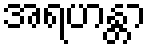
အရဟန္တာ